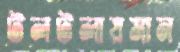
টলটলায়মান